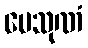
ပေသုဏံ